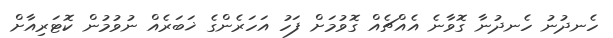
ހެނދުނު ހެނދުނާ ގޮވާނެ އެއްޗެއް ގޮވުމަށް ފަހު އަހަރެންގެ ޚަބަރެއް ނުވުމުން ކޮޓަރިއާށް